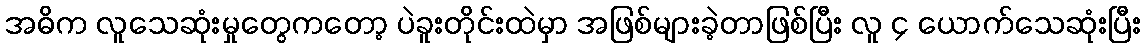
အဓိက လူသေဆုံးမှုတွေကတော့ ပဲခူးတိုင်းထဲမှာ အဖြစ်များခဲ့တာဖြစ်ပြီး လူ ၄ ယောက်သေဆုံးပြီး